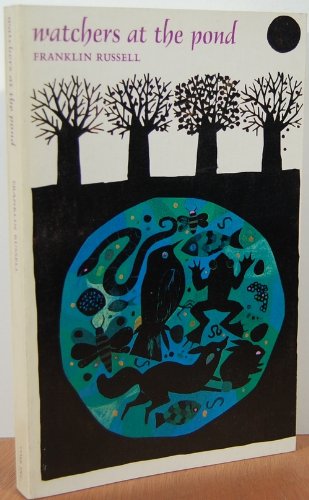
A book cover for Watchers at the Pond; Franklin Russell; Science & Math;